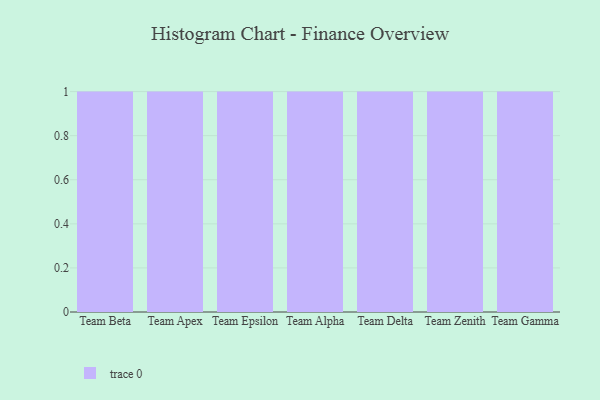
{"axis": {"x": "Team", "y": "Churn Rate (%)"}, "legend": [""], "data": [{"x": "Team Beta", "y": 13, "type": ""}, {"x": "Team Apex", "y": 61, "type": ""}, {"x": "Team Epsilon", "y": 43, "type": ""}, {"x": "Team Alpha", "y": 12, "type": ""}, {"x": "Team Delta", "y": 18, "type": ""}, {"x": "Team Zenith", "y": 35, "type": ""}, {"x": "Team Gamma", "y": 86, "type": ""}]}